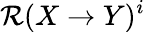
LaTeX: \mathcal{R}(X\rightarrow Y)^{i}